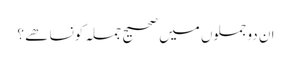
ان دو جملوں میں صحیح جملہ کونسا ھے ؟